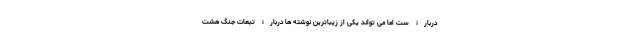
دربارۀ ست اما می تواند یکی از زیباترین نوشته ها دربارۀ تبعات جنگ هشت